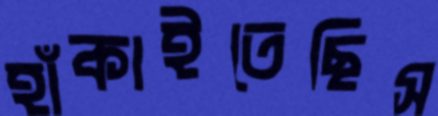
হাঁকাইতেছিস